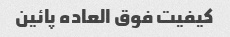
کیفیت فوق العاده پائین